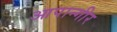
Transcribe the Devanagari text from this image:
आपान्गीर